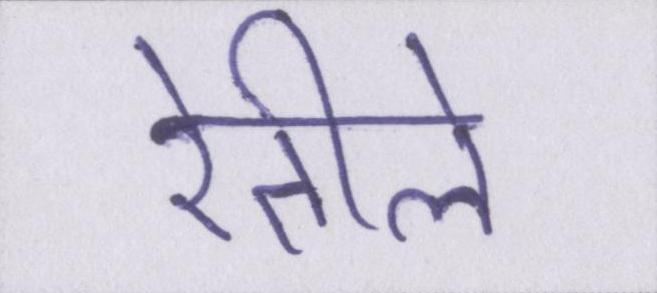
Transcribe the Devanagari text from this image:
रेतीले